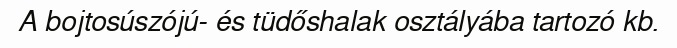
A bojtosúszójú- és tüdőshalak osztályába tartozó kb.